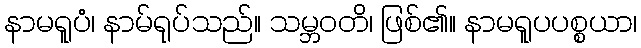
နာမရူပံ၊ နာမ်ရုပ်သည်။ သမ္ဘဝတိ၊ ဖြစ်၏။ နာမရူပပစ္စယာ၊